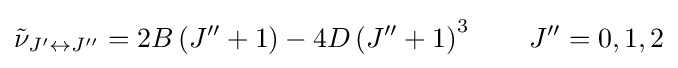
{\tilde {\nu }}_{J^{\prime }\leftrightarrow J^{\prime \prime }}=2B\left(J^{\prime \prime }+1\right)-4D\left(J^{\prime \prime }+1\right)^{3}\qquad J^{\prime \prime }=0,1,2